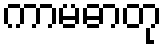
ကာမဓာတု